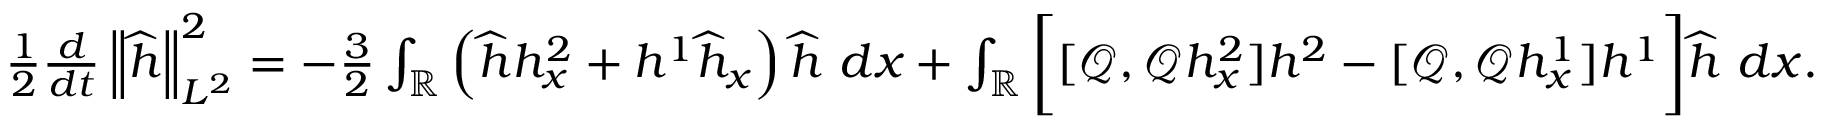
\begin{array} { r } { \frac { 1 } { 2 } \frac { d } { d t } \left\| \widehat { h } \right\| _ { L ^ { 2 } } ^ { 2 } = - \frac { 3 } { 2 } \int _ { \mathbb R } \left( \widehat { h } h _ { x } ^ { 2 } + h ^ { 1 } \widehat { h } _ { x } \right) \widehat { h } \ d x + \int _ { \mathbb R } \bigg [ [ \mathscr { Q } , \mathscr { Q } h _ { x } ^ { 2 } ] h ^ { 2 } - [ \mathscr { Q } , \mathscr { Q } h _ { x } ^ { 1 } ] h ^ { 1 } \bigg ] \widehat { h } \ d x . } \end{array}